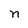
Character: n